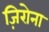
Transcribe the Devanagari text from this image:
ज़िरोना